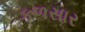
કળસાર